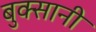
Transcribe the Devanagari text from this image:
बुक्सानी